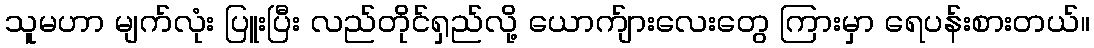
သူမဟာ မျက်လုံး ပြူးပြီး လည်တိုင်ရှည်လို့ ယောက်ျားလေးတွေ ကြားမှာ ရေပန်းစားတယ်။